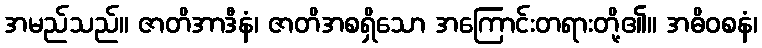
အမည်သည်။ ဇာတိအာဒီနံ၊ ဇာတိအစရှိသော အကြောင်းတရားတို့၏။ အဓိဝစနံ၊